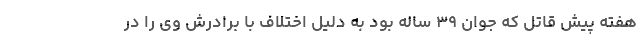
هفته پیش قاتل که جوان ۳۹ ساله بود به دلیل اختلاف با برادرش وی را در